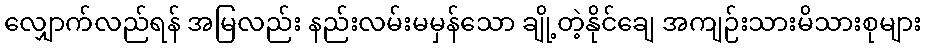
လျှောက်လည်ရန် အမြလည်း နည်းလမ်းမမှန်သော ချို့တဲ့နိုင်ချေ အကျဉ်းသားမိသားစုများ